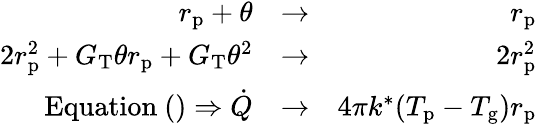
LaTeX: \begin{array}{rlr}{r_{\mathrm{p}}+\theta}&{\rightarrow}&{r_{\mathrm{p}}}\\ {2r_{\mathrm{p}}^{2}+G_{\mathrm{T}}\theta r_{\mathrm{p}}+G_{\mathrm{T}}\theta^{2}}&{\rightarrow}&{2r_{\mathrm{p}}^{2}}\\ {\mathrm{Equation}~()\Rightarrow\dot{Q}}&{\rightarrow}&{4\pi k^{*}(T_{\mathrm{p}}-T_{\mathrm{g}})r_{\mathrm{p}}}\end{array}